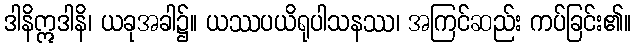
ဒါနိဣဒါနိ၊ ယခုအခါ၌။ ယဿပယိရုပါသနဿ၊ အကြင်ဆည်း ကပ်ခြင်း၏။